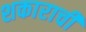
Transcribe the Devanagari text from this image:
शकाराची